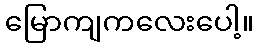
မြောကျကလေးပေါ့။